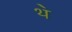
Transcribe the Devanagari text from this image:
थ॓